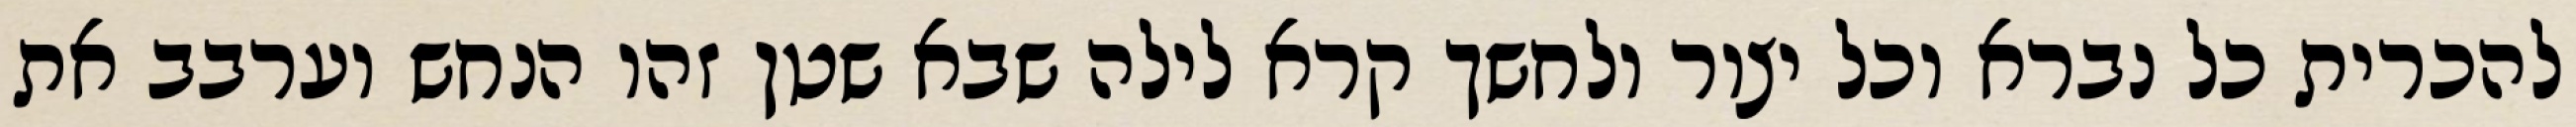
להכרית כל נברא וכל יצור ולחשך קרא לילה שבא שטן זהו הנחש וערבב את